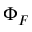
\Phi _ { F }